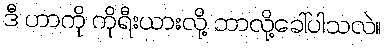
ဒီ ဟာကို ကိုရီးယားလို့ ဘာလို့ခေါ်ပါသလဲ။